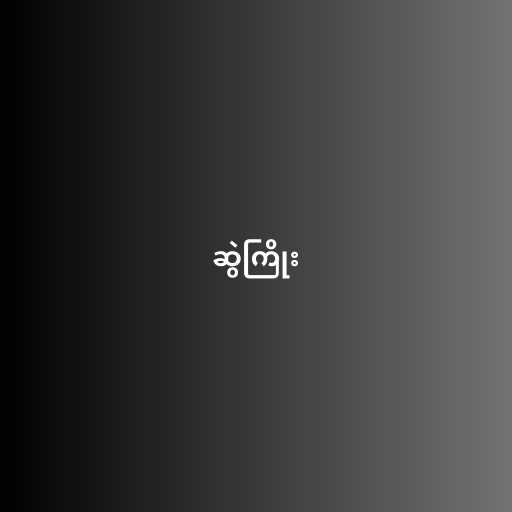
ဆွဲကြိုး